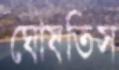
ঘোষতিস